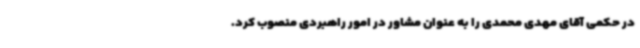
در حکمی آقای مهدی محمدی را به عنوان مشاور در امور راهبردی منصوب کرد.